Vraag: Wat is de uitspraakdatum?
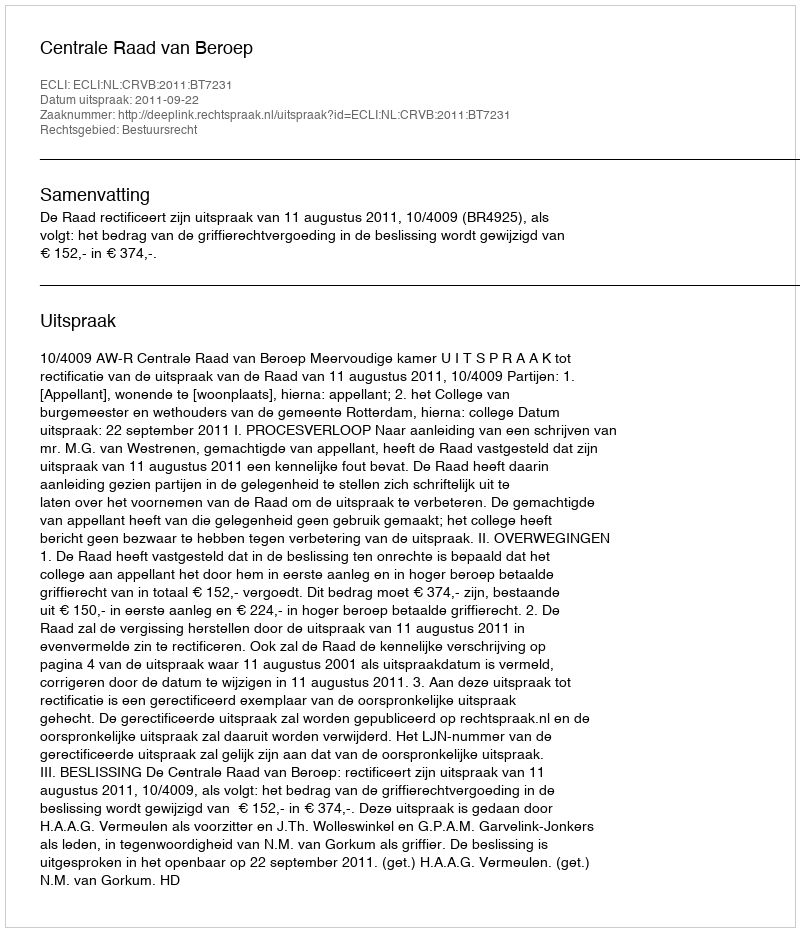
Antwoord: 2011-09-22